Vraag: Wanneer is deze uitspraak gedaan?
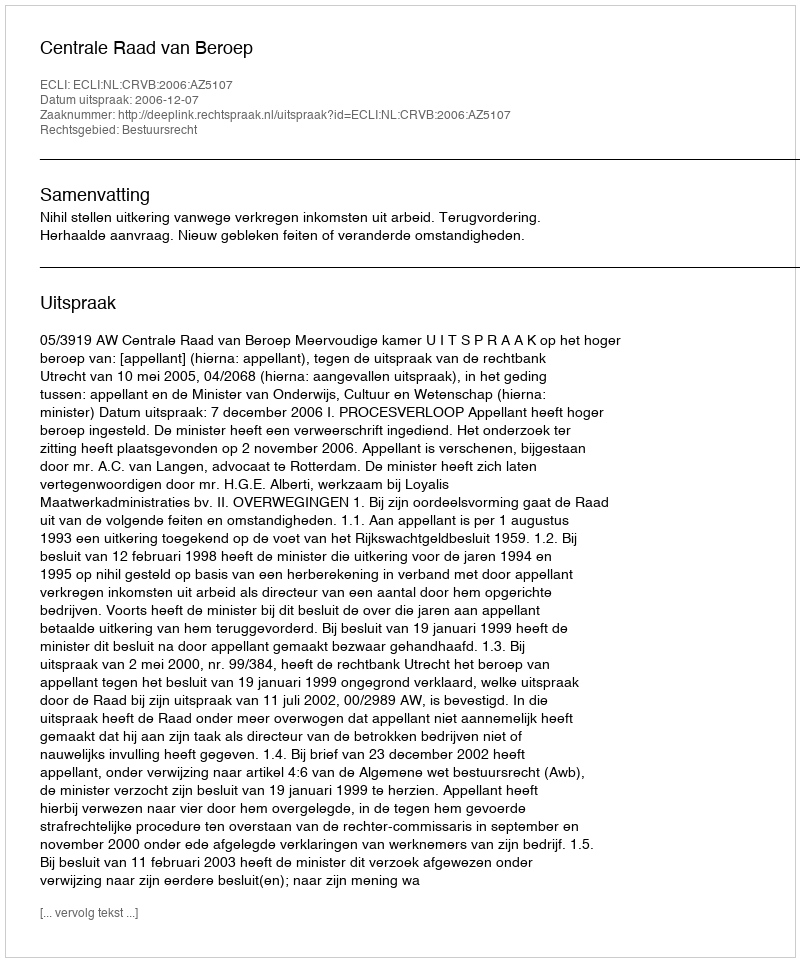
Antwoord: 2006-12-07